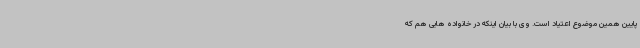
پایین همین موضوع اعتیاد است. وی با بیان اینکه در خانواده هایی هم که